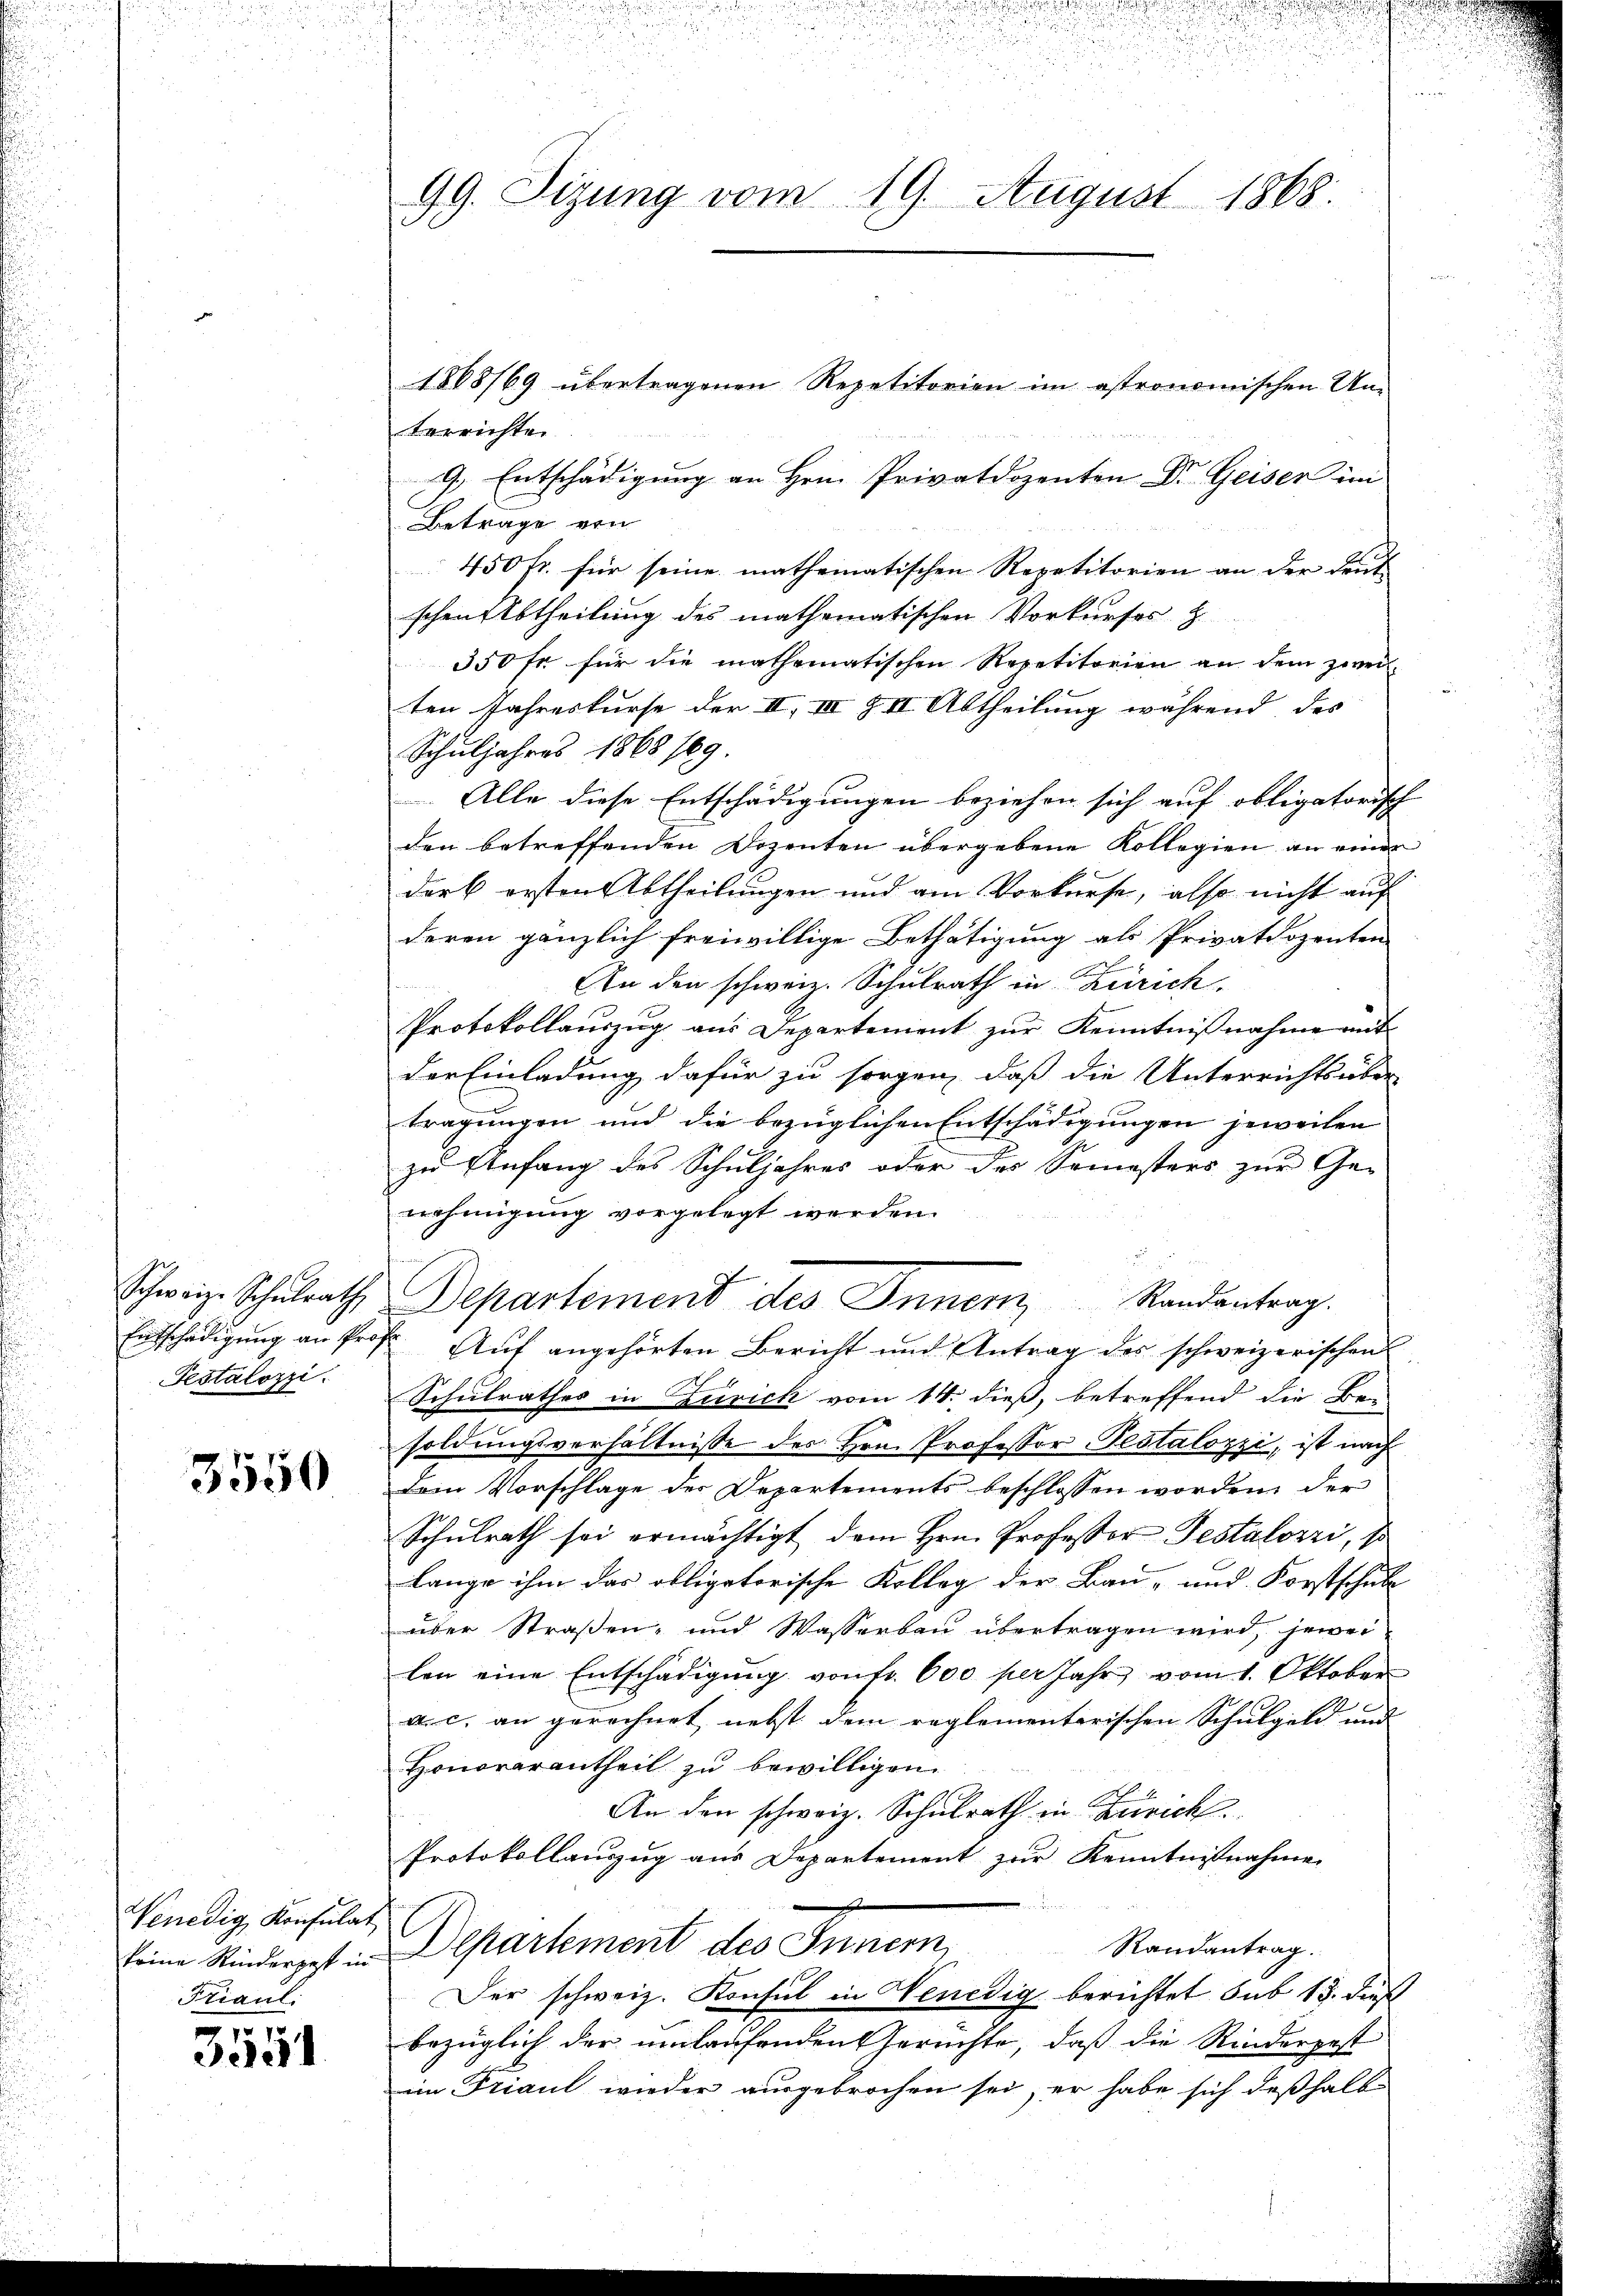
Pestalozzi.

3550

Venedig, Konsulat
Friaul:

3551

terrichten
9. Entschädigung an Hrn. Privatdozenten Dr. Geiser im
Betrage von
450 fr. für seine mathematischen Repetitorien an der deut
schen Abtheilung des mathematischen Vorkurses. Z.
350 fr für die mathematischen Repetitorien an dem zwei-
ten Jahreskurse der II, III & II. Abtheilung während des
Schuljahres 1868 189.
Alle diese Entschädigungen beziehen sich auf obligatorisch- |
den betreffenden Dozenten übergebene Kollegien an einer
darb ersten Abtheilungen und am Vorkurse, also nicht auf
deren gänzlich freiwillige Bethätigung als Privatdozenten
An den schweiz. Schulrath in Zürich.
Protokollauszug aus Departement zur Kenntnißnahme auf
der Einladung dafür zu sorgen, daß die Unterrichts über-
tragungen und die bezüglichen Entschädigungen jeweilen
zu Anfang des Schuljahres oder des Semesters zur Ge-
nehmigung vorgelegt werden.
Schweiz. Schulrath, Departement des Innenz Randantrag.
Entschädigŭng an Prof. Aŭf angehörten Bericht und Antrag des schweizerischen
Schulrathes in Zürich vom 14. dieß, betreffend die Be-
soldungsverhältnisse des Hrn. Professor Pestalozzi, ist nach
Dein Vorschlage der Departements beschlossen worden, der
Schulrath sei ermächtigt dem Hrn. Professor Testalozzi, so
lange ihm das obligatorische Kolleg der Bau- und Forstschule
über Straßen, und Wasserbau übertragen wird, jewei
len eine Entschädigŭng von fr. 600 per Jahr vom 1. Oktober
a. c. an gerechnet, nebst dem reglementarischen Schulgeld und
Honorarantheil zŭ bewilligen.
An den schweiz. Schulrath in Zürich.
Protokollanzŭg aŭs Departement zŭr Kenntnißnahme
Randantrag.
Eine Kinderst in Departement des Innern,
Der schweiz. Konsul in Wenedig berichtet sub 15. dieß
bezüglich der umlaufenden Gerüchte, daß die Rinderpest
im Friaul wieder ausgebrochen sei, er habe sich deßhalb

99. Sizung vom 19. August 1868.

1868/69 übertragenen Repetitorien im astronomischen Um-